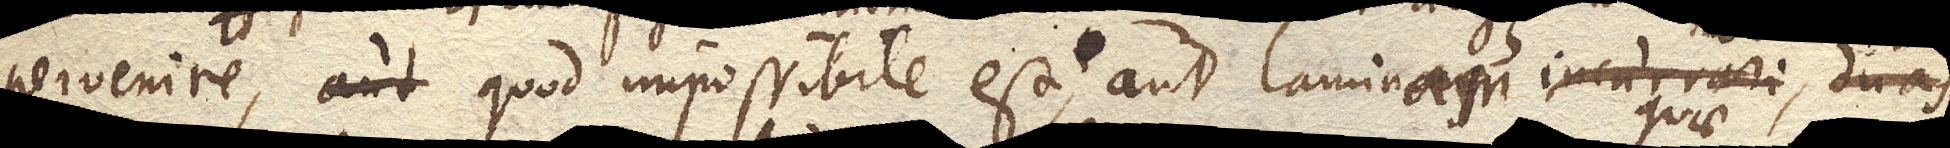
pervenire, quod impossibile est, aut laminas incurvari, duas